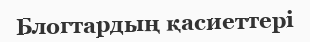
Блогтардың қасиеттері